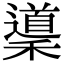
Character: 䆃